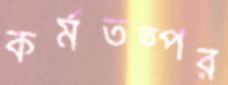
কর্মতত্পর